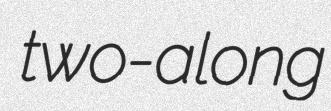
two-along